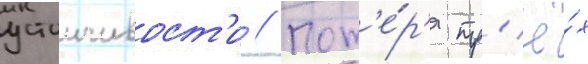
устоичивост'и // Пот'е́р'я тр'ё́х